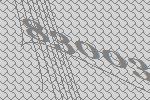
83003